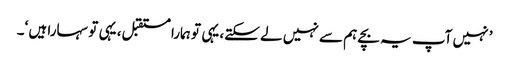
’ نہیں آپ یہ بچے ہم سے نہیں لے سکتے، یہی تو ہمارا مستقبل، یہی تو سہارا ہیں ‘۔